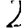
Digit: 2